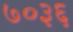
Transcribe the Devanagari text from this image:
७०३६